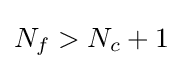
N_{f}>N_{c}+1